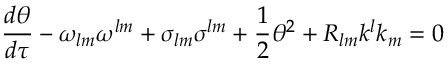
\frac { d \theta } { d \tau } - \omega _ { l m } \omega ^ { l m } + \sigma _ { l m } \sigma ^ { l m } + \frac { 1 } { 2 } \theta ^ { 2 } + R _ { l m } k ^ { l } k _ { m } = 0